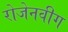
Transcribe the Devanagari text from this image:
रोजेनवीग